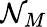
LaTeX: \mathcal{N}_{M}